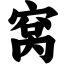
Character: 窝